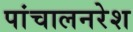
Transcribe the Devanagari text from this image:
पांचालनरेश